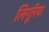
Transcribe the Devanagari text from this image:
लिगूरिया